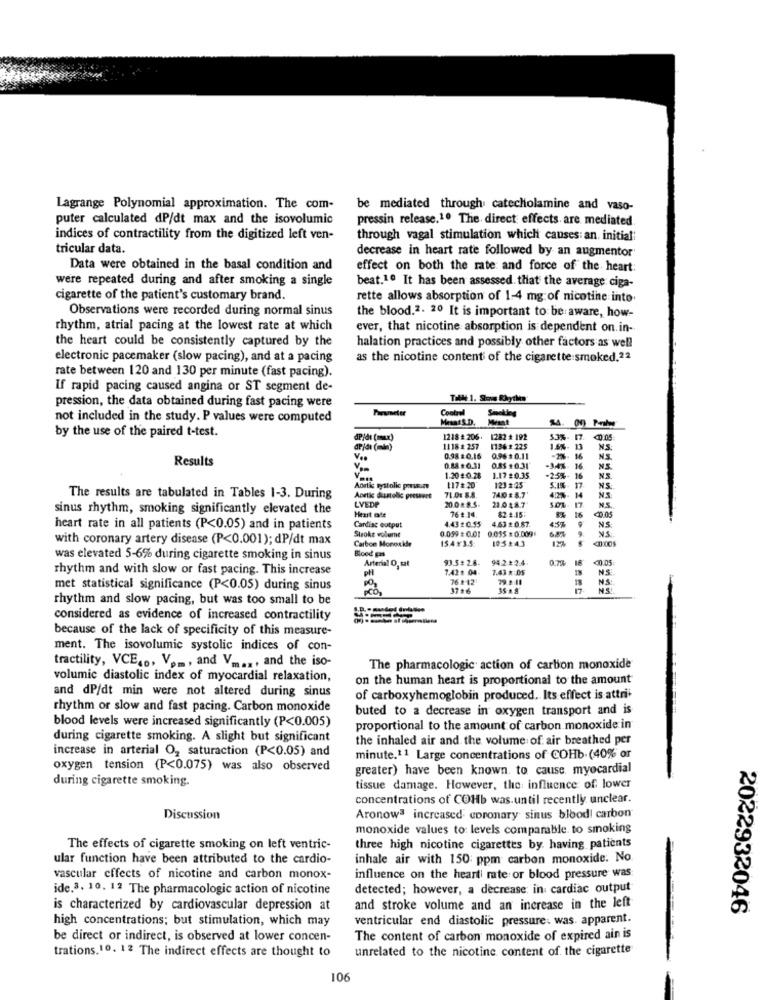
Lagrange Polynomial approximation. The com-
be mediated through catecholamine and vaso-
puter calculated dP/dt max and the isovolumic
pressin release.1º The. direct effects are mediated.
indices of contractility from the digitized left ven-
through vagal stimulation which causes: an, initial;
tricular data.
decrease in heart rate followed by an augmentor
Data were obtained in the basal condition and
effect on both the rate and force of the heart:
were repeated during and after smoking a single
beat.1º It has been assessed. that the average: ciga-
cigarette of the patient's customary brand.
rette allows absorption of 1-4 mg of nicotine into.
Observations were recorded during normal sinus
the blood.2. 20 It is important to be aware, how-
rhythm, atrial pacing at the lowest rate at which
ever, that nicotine absorption is dependent on in-
the heart could be consistently captured by the
halation practices and possibly other factors as well
electronic pacemaker (slow pacing), and at a pacing
as the nicotine content of the cigarette smoked.22
rate between 120 and 130 per minute (fast pacing).
If rapid pacing caused angina or ST segment de-
pression, the data obtained during fast pacing were
Parameter
Control
not included in the study. P values were computed
Mesat S.D.
by the use of the paired t-test.
dP/di (mu)
1218 # 206. 1282 # 192
53%- 17.
dr/dı (min)
1118 # 257
1136 2 225
1.6%- 13
NS
Results
0.98 :0.16
0.96 #0.11
-2%- 16
NS
0.88 +0.31
0.85 10.31
-34%-
16
NS
NS
1.20 2 0.28
1.17 :0.35
123#25
-2:5%- 16
SIE
Aortic tystolic porss.m.
117# 20
74.0 28.7'
17
NS
NS
The results are tabulated in Tables 1-3. During
Aortic dlustolic pressert
LVEDP
71.0: 8.8.
20.0 8.S.
21.0 $8.7
4.2%-
14
17
sinus rhythm, smoking significantly elevated the
762 14.
82.4.15:
16
N.S.
Heart cafe
4.43 20.55
4.63 20.87.
00.05
NS
heart rate in all patients (P<0.05) and in patients
Cardiac output
Stroke vollemt
0.059 : 0.01 0.055 : 0:0091
with coronary artery disease (P<0.001); dP/dt max
Carbon Monoxide
154x3.5:
105*43
Bloed gas
was elevated 5-6% during cigarette smoking in sinus
Arterial O, sat
93.5: 2.8.
94.2.2.2.4.
0.74
rhythm and with slow or fast pacing. This increase
pl
7.42₺ 04-
7.43 # 05
NS
76 2-121
79.2.11
NS
met statistical significance (P<0.05) during sinus
3716
35-48
17
rhythm and slow pacing, but was too small to be
considered as evidence of increased contractility
because of the lack of specificity of this measure-
ment. The isovolumic systolic indices of con-
tractility, VCE .., Vpm, and Vm ..., and the iso-
The pharmacologic action of carbon monoxide
volumic diastolic index of myocardial relaxation,
on the human heart is proportional to the amount
and dP/dt min were not altered during sinus
of carboxyhemoglobin produced. Its effect is attri*
rhythm or slow and fast pacing. Carbon monoxide
buted to a decrease in oxygen transport and is
blood levels were increased significantly (P<0.005)
proportional to the amount of carbon monoxide in
during cigarette smoking. A slight but significant
the inhaled air and the volume of air breathed per
increase in arterial O2 saturaction (P<0.05) and
minute.11 Large concentrations of COHb (40% or
oxygen tension (P<0.075) was also observed
greater) have been known to cause myocardial
during cigarette smoking.
tissue damage. However, the influence of lower
concentrations of COHb was.until recently unclear.
Discussion
Aronowa increased coronary sinus blood! carbon
monoxide values to: levels comparable to smoking
The effects of cigarette smoking on left ventric-
three high nicotine cigarettes by. having patients
ular function have been attributed to the cardio-
inhale air with 150: ppm carbon monoxide. No
vascular effects of nicotine and carbon monox-
influence on the heart rate or blood pressure was
ide.3. 10. 12 The pharmacologic action of nicotine
detected; however, a decrease in cardiac output
is characterized by cardiovascular depression at
and stroke volume and an increase in the left
2022932046
high concentrations; but stimulation, which may
ventricular end diastolic pressure. was. apparent.
be direct or indirect, is observed at lower concen-
The content of carbon monoxide of expired ain is
unrelated to the nicotine content of the cigarette
trations.10. 12 The indirect effects are thought to
106